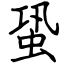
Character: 蛩